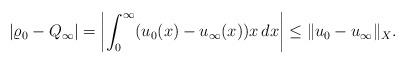
LaTeX: \begin{align*}|\varrho_0-Q_\infty|=\left|\int_0^\infty(u_0(x)-u_\infty(x))x\,dx\right|\leq\|u_0-u_\infty\|_X.\end{align*}